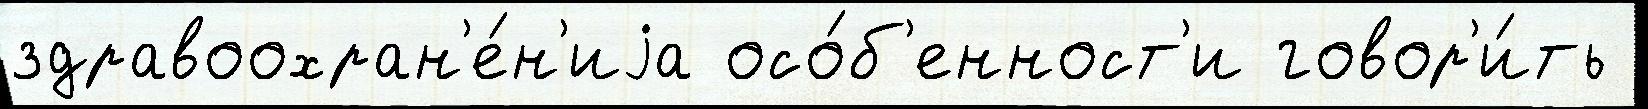
здравоохран'е́н'иjа осо́б'енност'и говор'и́ть